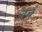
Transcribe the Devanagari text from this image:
बबं